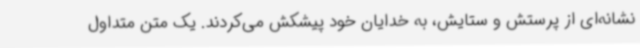
نشانه‌ای از پرستش و ستایش، به خدایان خود پیشکش می‌کردند. یک متن متداول